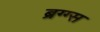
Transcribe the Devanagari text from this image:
ब्रग्ग्स